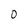
Character: 0